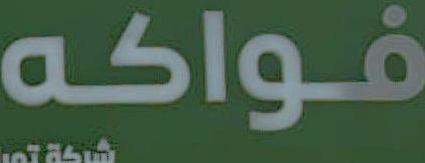
فواكه